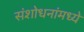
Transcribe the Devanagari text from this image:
संशोधनांमध्ये